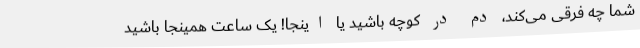
شما چه فرقی می‌کند، دم در کوچه باشید یا اینجا! یک ساعت همینجا باشید